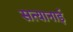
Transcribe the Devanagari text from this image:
सत्यानाई